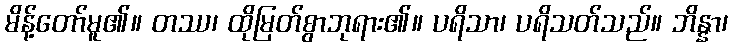
မိန့်တော်မူ၏။ တဿ၊ ထိုမြတ်စွာဘုရား၏။ ပရိသာ၊ ပရိသတ်သည်။ ဘိန္နာ၊